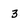
Character: 3